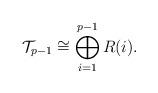
LaTeX: \begin{align*}\mathcal{T}_{p-1} \cong \bigoplus_{i=1}^{p-1}R(i).\end{align*}